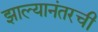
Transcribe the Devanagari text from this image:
झाल्यानंतरची